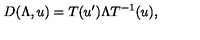
D ( \Lambda , u ) = T ( u ^ { \prime } ) \Lambda T ^ { - 1 } ( u ) ,